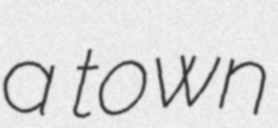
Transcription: a town